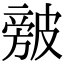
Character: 㿶